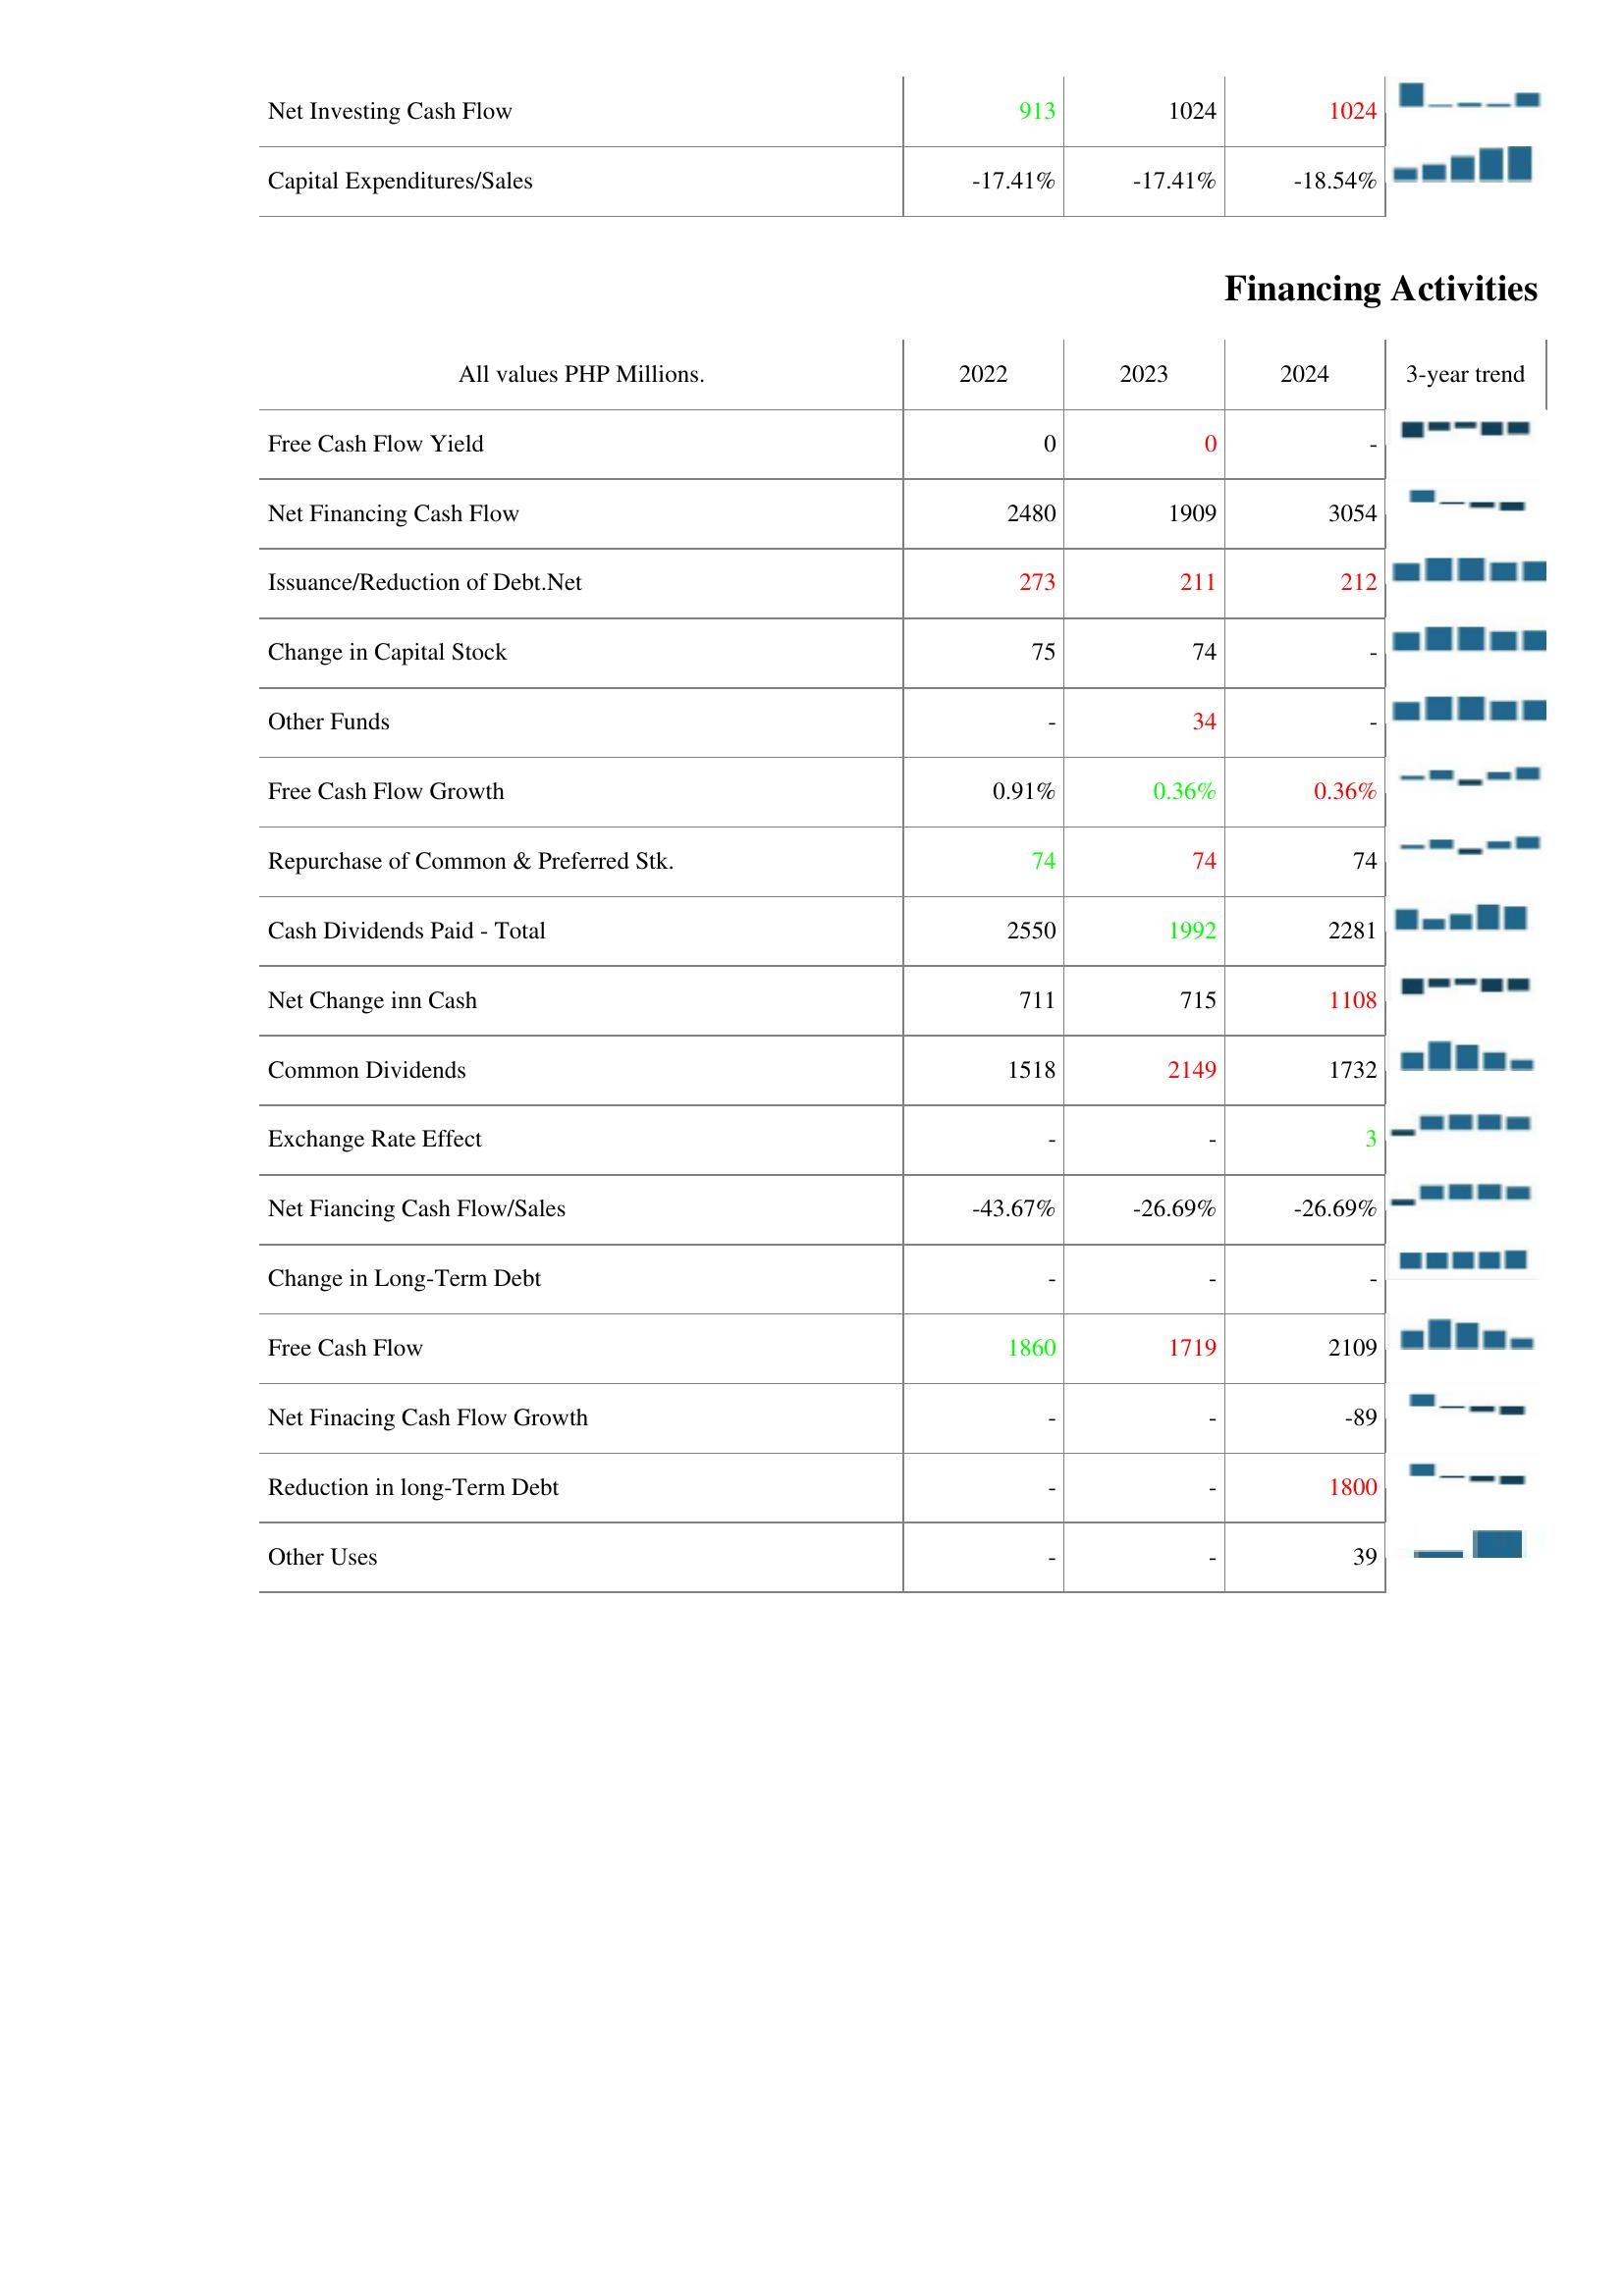
2022: Investing Activities: Net Investing Cash Flow: 913
Capital Expenditures/Sales: -17.41%
Financing Activities: Free Cash Flow Yield: 0
Net Financing Cash Flow: 2480
Issuance/Reduction of Debt.Net: 273
Change in Capital Stock: 75
Other Funds: -
Free Cash Flow Growth: 0.91%
Repurchase of Common & Preferred Stk.: 74
Cash Dividends Paid - Total: 2550
Net Change inn Cash: 711
Common Dividends: 1518
Exchange Rate Effect: -
Net Fiancing Cash Flow/Sales: -43.67%
Change in Long-Term Debt: -
Free Cash Flow: 1860
Net Finacing Cash Flow Growth: -
Reduction in long-Term Debt: -
Other Uses: -
2023: Investing Activities: Net Investing Cash Flow: 1024
Capital Expenditures/Sales: -17.41%
Financing Activities: Free Cash Flow Yield: 0
Net Financing Cash Flow: 1909
Issuance/Reduction of Debt.Net: 211
Change in Capital Stock: 74
Other Funds: 34
Free Cash Flow Growth: 0.36%
Repurchase of Common & Preferred Stk.: 74
Cash Dividends Paid - Total: 1992
Net Change inn Cash: 715
Common Dividends: 2149
Exchange Rate Effect: -
Net Fiancing Cash Flow/Sales: -26.69%
Change in Long-Term Debt: -
Free Cash Flow: 1719
Net Finacing Cash Flow Growth: -
Reduction in long-Term Debt: -
Other Uses: -
2024: Investing Activities: Net Investing Cash Flow: 1024
Capital Expenditures/Sales: -18.54%
Financing Activities: Free Cash Flow Yield: -
Net Financing Cash Flow: 3054
Issuance/Reduction of Debt.Net: 212
Change in Capital Stock: -
Other Funds: -
Free Cash Flow Growth: 0.36%
Repurchase of Common & Preferred Stk.: 74
Cash Dividends Paid - Total: 2281
Net Change inn Cash: 1108
Common Dividends: 1732
Exchange Rate Effect: 3
Net Fiancing Cash Flow/Sales: -26.69%
Change in Long-Term Debt: -
Free Cash Flow: 2109
Net Finacing Cash Flow Growth: -89
Reduction in long-Term Debt: 1800
Other Uses: 39